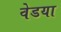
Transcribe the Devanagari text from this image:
वेडया